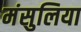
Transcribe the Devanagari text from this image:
मंसुलिया